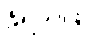
ခံရသဖြင့်